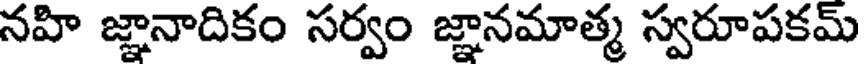
నహి జ్ఞానాదికం సర్వం జ్ఞానమాత్మ స్వరూపకమ్